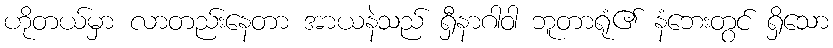
ဟိုတယ်မှာ လာတည်းနေတာ အာယနဲသည် ရှီနာဂါဝါ ဘူတာရုံ၏ နံဘေးတွင် ရှိသော